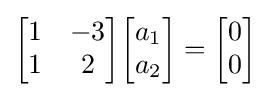
{\begin{bmatrix}1&-3\\1&2\end{bmatrix}}{\begin{bmatrix}a_{1}\\a_{2}\end{bmatrix}}={\begin{bmatrix}0\\0\end{bmatrix}}